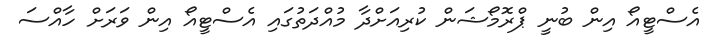
އެސްޓީއޯ އިން ބުނީ ޕްރޮމޯޝަން ކުރިއަށްދާ މުއްދަތުގައި އެސްޓީއޯ އިން ވަރަށް ހާއްސަ